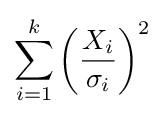
\sum _{i=1}^{k}\left({\frac {X_{i}}{\sigma _{i}}}\right)^{2}